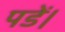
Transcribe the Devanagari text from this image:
पडें।